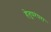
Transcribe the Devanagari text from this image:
हेतुपरंपरा